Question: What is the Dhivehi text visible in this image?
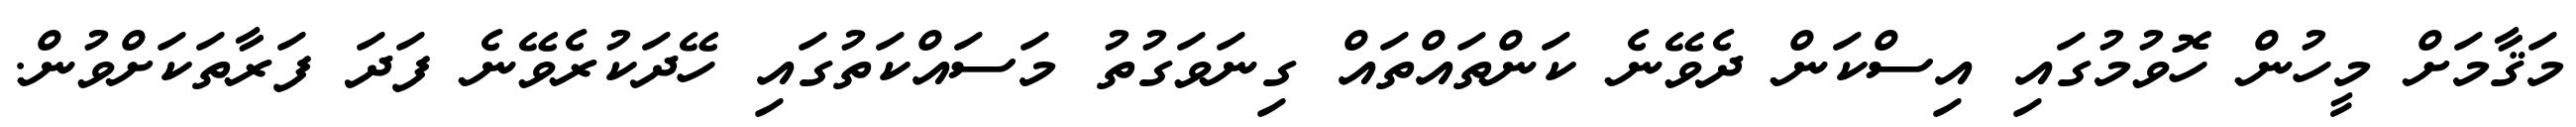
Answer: މަޤާމަށް މީހުން ހޮވުމުގައި އިސްކަން ދެވޭނެ ކަންތައްތައް ގިނަވަގުތު މަސައްކަތުގައި ހޭދަކުރެވޭނެ ފަދަ ފަރާތަކަށްވުން.